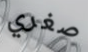
صغري